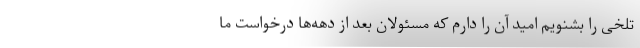
تلخی را بشنویم امید آن را دارم که مسئولان بعد از دهه‌ها درخواست ما